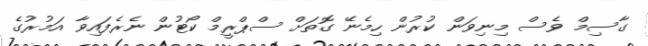
ގާސިމް ވެސް މިނިވަން ކުރުން ހިމެނޭ ގޮތަށް ސްޕްރީމް ކޯޓުން ނެރެފައިވާ އަމުރުގެ